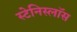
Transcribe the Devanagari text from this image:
स्टेनिस्लॉस